Medical and sanitary report of the native army of Madras for the year
Year: 1877
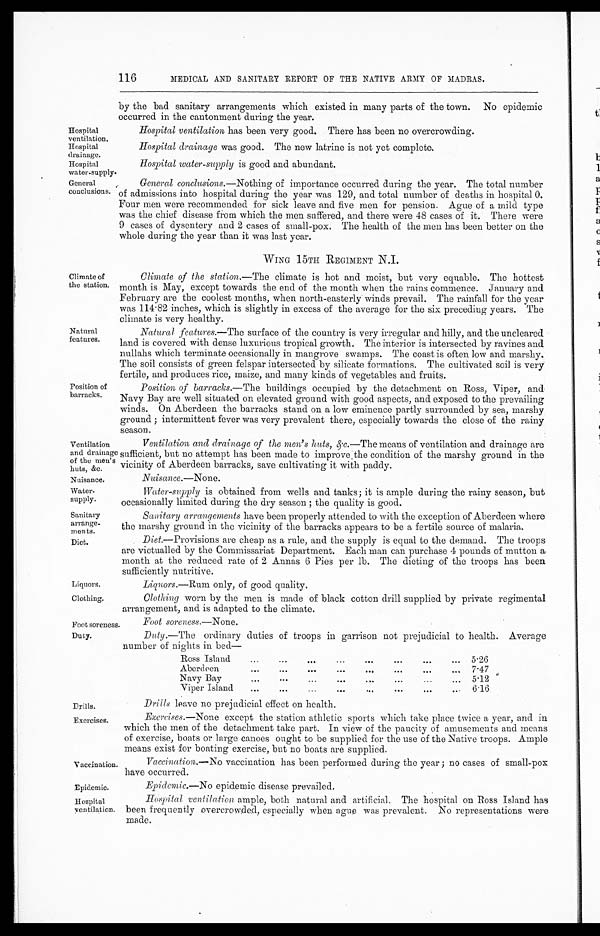
Hospital
ventilation.
Hospital
drainage.
Hospital
water-supply.
Nuisance.
Water
- s uppl y.
Sanitary
arrange
- m e n t s .
Diet.
Liquors.
Clothing.
Drills.
Exercises.
Vaccination.
Epidemic.
Hospital
ventilation.
116
MEDICAL AND SANITARY REPORT OF THE NATIVE ARMY OF MADRAS.
by the bad sanitary arrangements which existed in many parts of the town. No epidemic
occurred in the cantonment during the year.
Hospital ventilation has been very good. There has been no overcrowding.
Hospital drainage was good. The new latrine is not yet complete.
Hospital water-supply is good and abundant.
General
conclusions.
General conclusions .—Nothing of importance occurred during the year. The total number
of admissions into hospital during the year was 129, and total number of deaths in hospital 0.
Four men were recommended for sick leave and five men for pension. Ague of a mild type
was the chief disease from which the men suffered, and there were 48 cases of it. There were
9 cases of dysentery and 2 cases of small-pox. The health of the men has been better on the
whole during the year than it was last year.
WING 15TH REGIMENT N.I.
Climate of
the station.
Natural
features.
Position of
barracks.
Climate of the station .—The climate is hot and moist, but very equable. The hottest
month is May, except towards the end of the month when the rains commence. January and
February are the coolest months, when north-easterly winds prevail. The rainfall for the year
was 114.82 inches, which is slightly in excess of the average for the six preceding years. The
climate is very healthy.
Natural features.—The surface of the country is very irregular and hilly, and the uncleared
land is covered with dense luxurious tropical growth. The interior is intersected by ravines and
nullahs which terminate occasionally in mangrove swamps. The coast is often low and marshy.
The soil consists of green felspar intersected by silicate formations. The cultivated soil is very
fertile, and produces rice, maize, and many kinds of vegetables and fruits.
Position of barracks .—The buildings occupied by the detachment on Ross, Viper, and
Navy Bay are well situated on elevated ground with good aspects, and exposed to the prevailing
winds. On Aberdeen the barracks stand on a low eminence partly surrounded by sea, marshy
ground; intermittent fever was very prevalent there, especially towards the close of the rainy
season.
Ventilation
and drainage
of the men's
huts, &c.
Ventilation and drainage of the men's huts, &c .—The means of ventilation and drainage are
sufficient, but no attempt has been made to improve the condition of the marshy ground in the
vicinity of Aberdeen barracks, save cultivating it with paddy.
Nuisance .—None.
Water-supply is obtained from wells and tanks; it is ample during the rainy season, but
occasionally limited during the dry season; the quality is good.
Sanitary arrangements have been properly attended to with the exception of Aberdeen where
the marshy ground in the vicinity of the barracks appears to be a fertile source of malaria.
Diet.—Provisions are cheap as a rule, and the supply is equal to the demand. The troops
are victualled by the Commissariat Department. Each man can purchase 4 pounds of mutton a
month at the reduced rate of 2 Annas 6 Pies per lb. The dieting of the troops has been
sufficiently nutritive.
Liquors .—Rum only, of good quality.
Clothing worn by the men is made of black cotton drill supplied by private regimental
arrangement, and is adapted to the climate.
Foot soreness.
Foot soreness .—None.
Duty.
Duty.—The
ordinary duties of troops in garrison not prejudicial to health. Average
number of nights in bed
Ross Island . . .
5.26
Ab er deen . . .
7.47
Navy Bay . . .
5.12
Viper Island . . .
6.16
Drills leave no prejudicial effect on health.
Exercises.—None
except the station athletic sports which take place twice a year, and in
which the men of the detachment take part. In view of the paucity of amusements and means
of exercise, boats or large canoes ought to be supplied for the use of the Native troops. Ample
means exist for boating exercise, but no boats are supplied.
Vaccination.—No vaccination has been performed during the year; no cases of small-pox
have occurred.
Epidemic.—No epidemic disease prevailed.
Hospital ventilation ample, both natural and artificial. The hospital on Ross Island has
been frequently overcrowded, especially when ague was prevalent. No representations were
made.